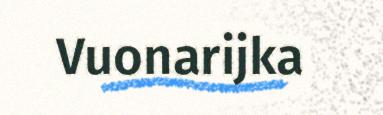
Vuonarijka